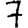
Digit: 7